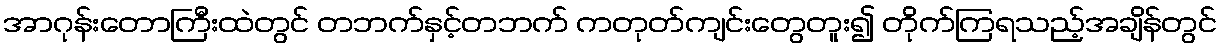
အာဂုန်းတောကြီးထဲတွင် တဘက်နှင့်တဘက် ကတုတ်ကျင်းတွေတူး၍ တိုက်ကြရသည့်အချိန်တွင်